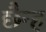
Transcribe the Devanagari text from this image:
छैन्ह